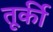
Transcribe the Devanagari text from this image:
तूर्की